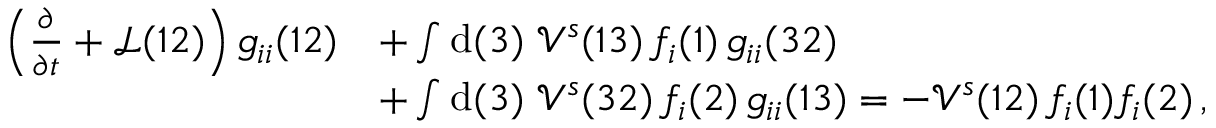
\begin{array} { r l } { \left( \frac { \partial } { \partial t } + \mathcal { L } ( 1 2 ) \right) g _ { i i } ( 1 2 ) } & { + \int \mathrm { d } ( 3 ) \; \mathcal { V } ^ { s } ( 1 3 ) \, f _ { i } ( 1 ) \, g _ { i i } ( 3 2 ) } \\ & { + \int \mathrm { d } ( 3 ) \; \mathcal { V } ^ { s } ( 3 2 ) \, f _ { i } ( 2 ) \, g _ { i i } ( 1 3 ) = - \mathcal { V } ^ { s } ( 1 2 ) \, f _ { i } ( 1 ) f _ { i } ( 2 ) \, , } \end{array}